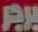
برجر